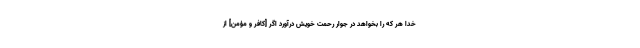
خدا هر كه را بخواهد در جوار رحمت خويش درآورد اگر [كافر و مؤمن] از